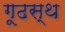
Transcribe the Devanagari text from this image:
गूढस्थ